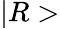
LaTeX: |R>